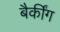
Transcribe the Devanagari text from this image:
बैकींग